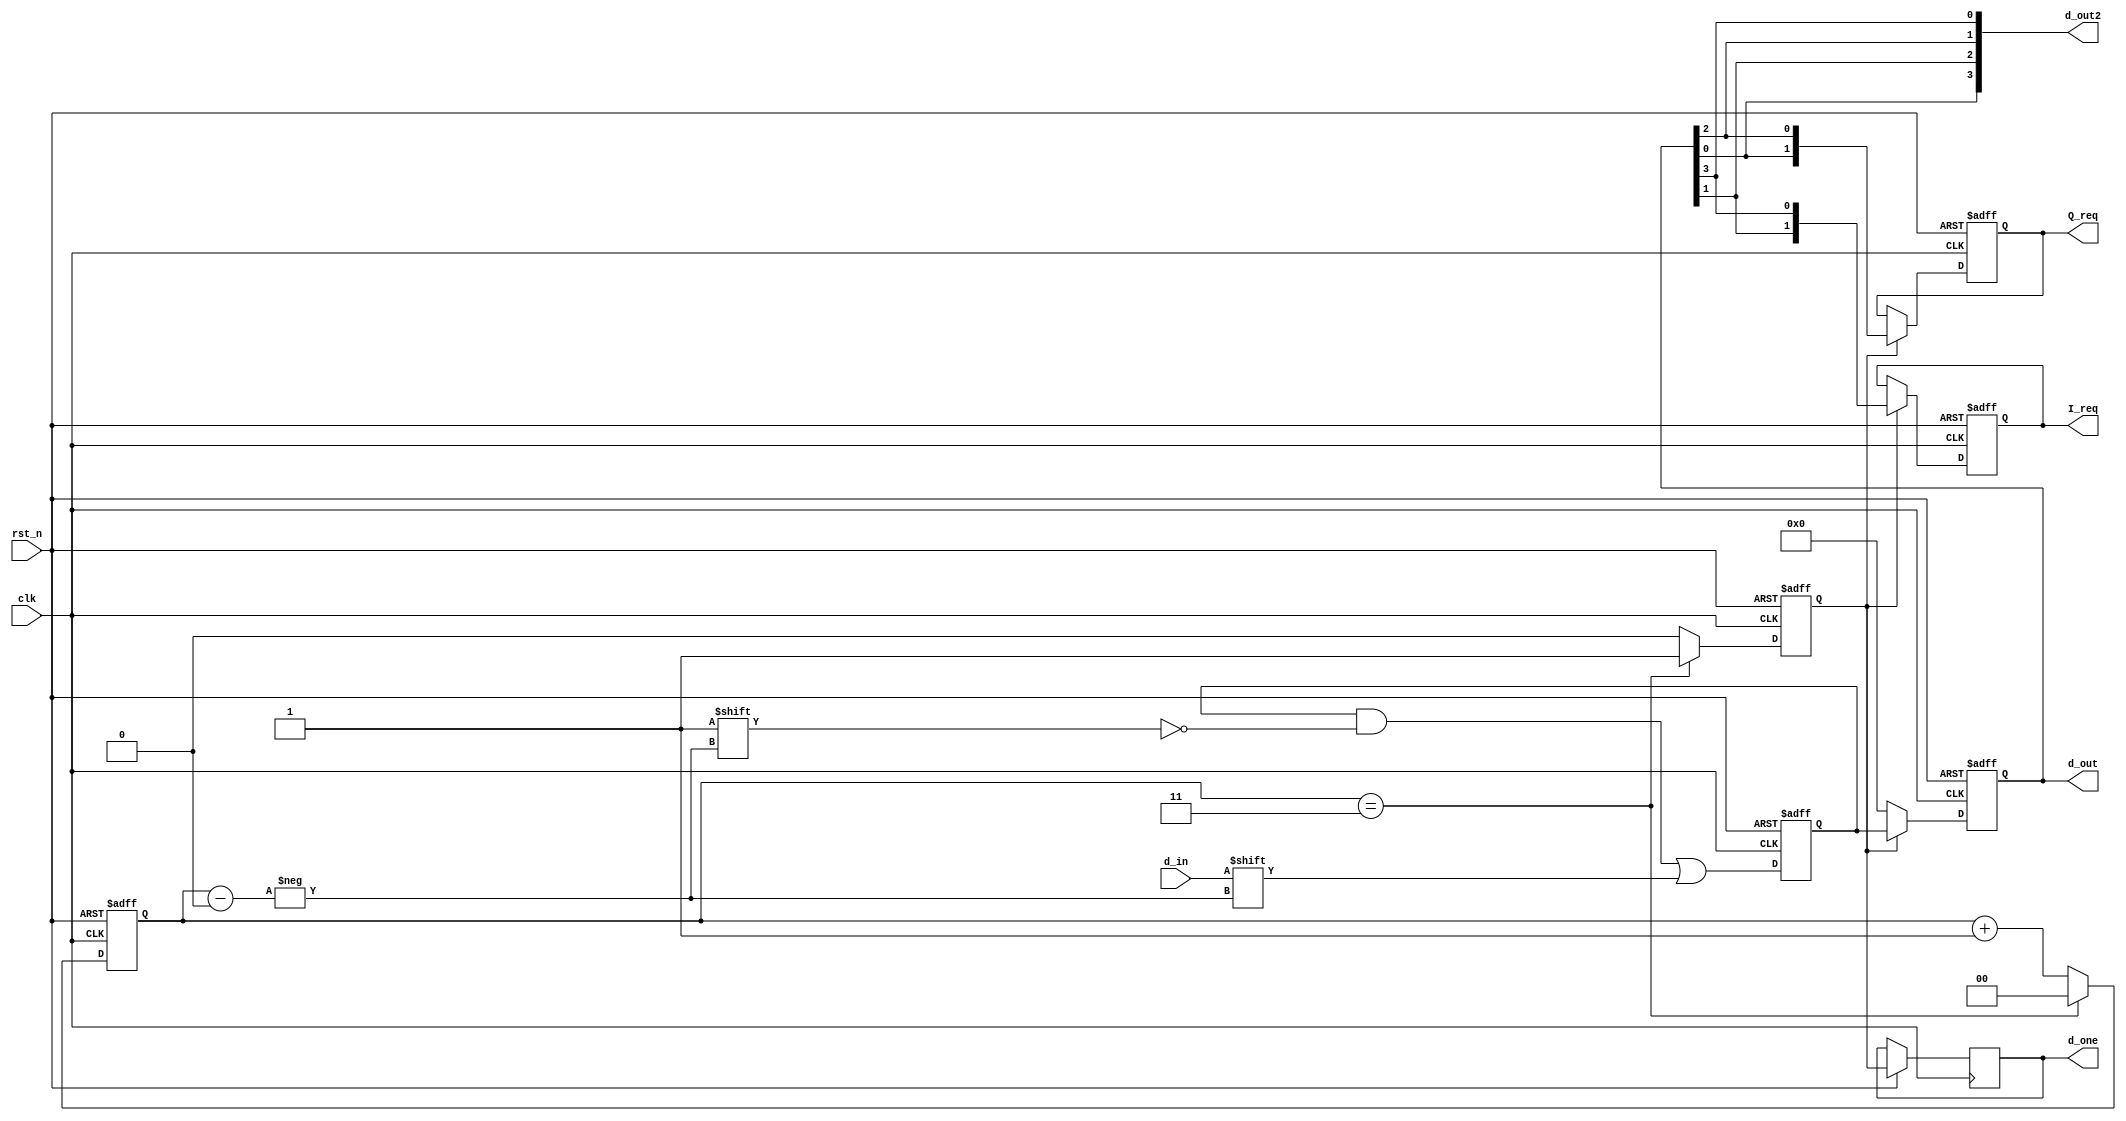
module transfer_1to4(
    input   clk,
    input   rst_n,
    input   d_in,

    output reg      [1:0]I_req,
    output reg      [1:0]Q_req,
    output reg      [3:0]d_out,
    output          [3:0]d_out2,
    output reg           d_one
);

    reg [1:0]   cnt;
    reg         d_one_1;
    reg [3:0]   d_out_1;
always @(posedge clk or posedge rst_n) begin
    if (rst_n) begin
        I_req<=2'b0;
        Q_req<=2'b0;
        
    end
    else if (d_one_1) begin
        I_req<={d_out2[2],d_out2[0]};
        Q_req<={d_out2[3],d_out2[1]};
    end
    else begin
        I_req<=I_req;
        Q_req<=Q_req;
    end
end

assign  d_out2={d_out[0],d_out[1],d_out[2],d_out[3]};

    always @(posedge clk or negedge rst_n) begin
        if(!rst_n) begin
            d_out_1 <= 4'b0;
        end
        else begin
            d_out_1[cnt] <= d_in;
        end
    end

    always @(posedge clk or negedge rst_n) begin
        if(!rst_n) begin
            d_out <= 4'b0;
        end
        else if (d_one_1) begin
            d_out <= d_out_1;
            d_one <= d_one_1;
        end
        else begin
            d_out <= 4'b0;
            d_one <= d_one_1;
        end
    end

    always @(posedge clk or negedge rst_n) begin
        if(!rst_n) begin
            cnt <= 2'b0;
            d_one_1 <= 1'b0;
        end
        else if(cnt == 2'b11) begin
            cnt <= 2'b0;
            d_one_1 <= 1'b1;
        end
        else begin
            cnt <= cnt + 1'b1;
          d_one_1 <= 1'b0;
        end
    end

endmodule